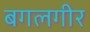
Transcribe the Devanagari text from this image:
बगलगीर